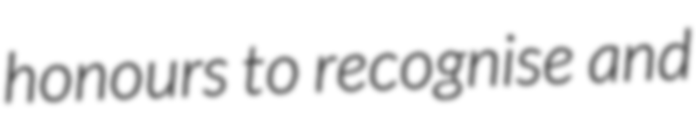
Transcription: honours to recognise and